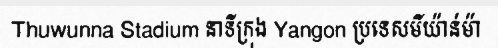
Thuwunna Stadium នាទីក្រុង Yangon ប្រទេសមីយ៉ាន់ម៉ា